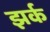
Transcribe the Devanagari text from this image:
झर्क